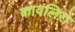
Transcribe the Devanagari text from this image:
कावलिरो